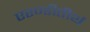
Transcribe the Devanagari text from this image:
एरण्डीतीर्थ